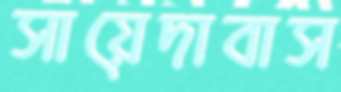
সায়েদাবাস